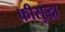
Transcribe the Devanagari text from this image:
फीसुद्धा